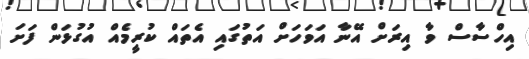
އިހްސާސް ވާ އިރަށް އޭނާ އަވަހަށް އަތުގައި އެތައް ކުރީމެއް އުގުޅަން ފަށަ